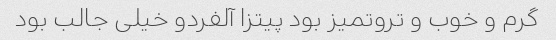
گرم و خوب و تروتمیز بود پیتزا آلفردو خیلی جالب بود